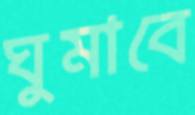
ঘুমাবে